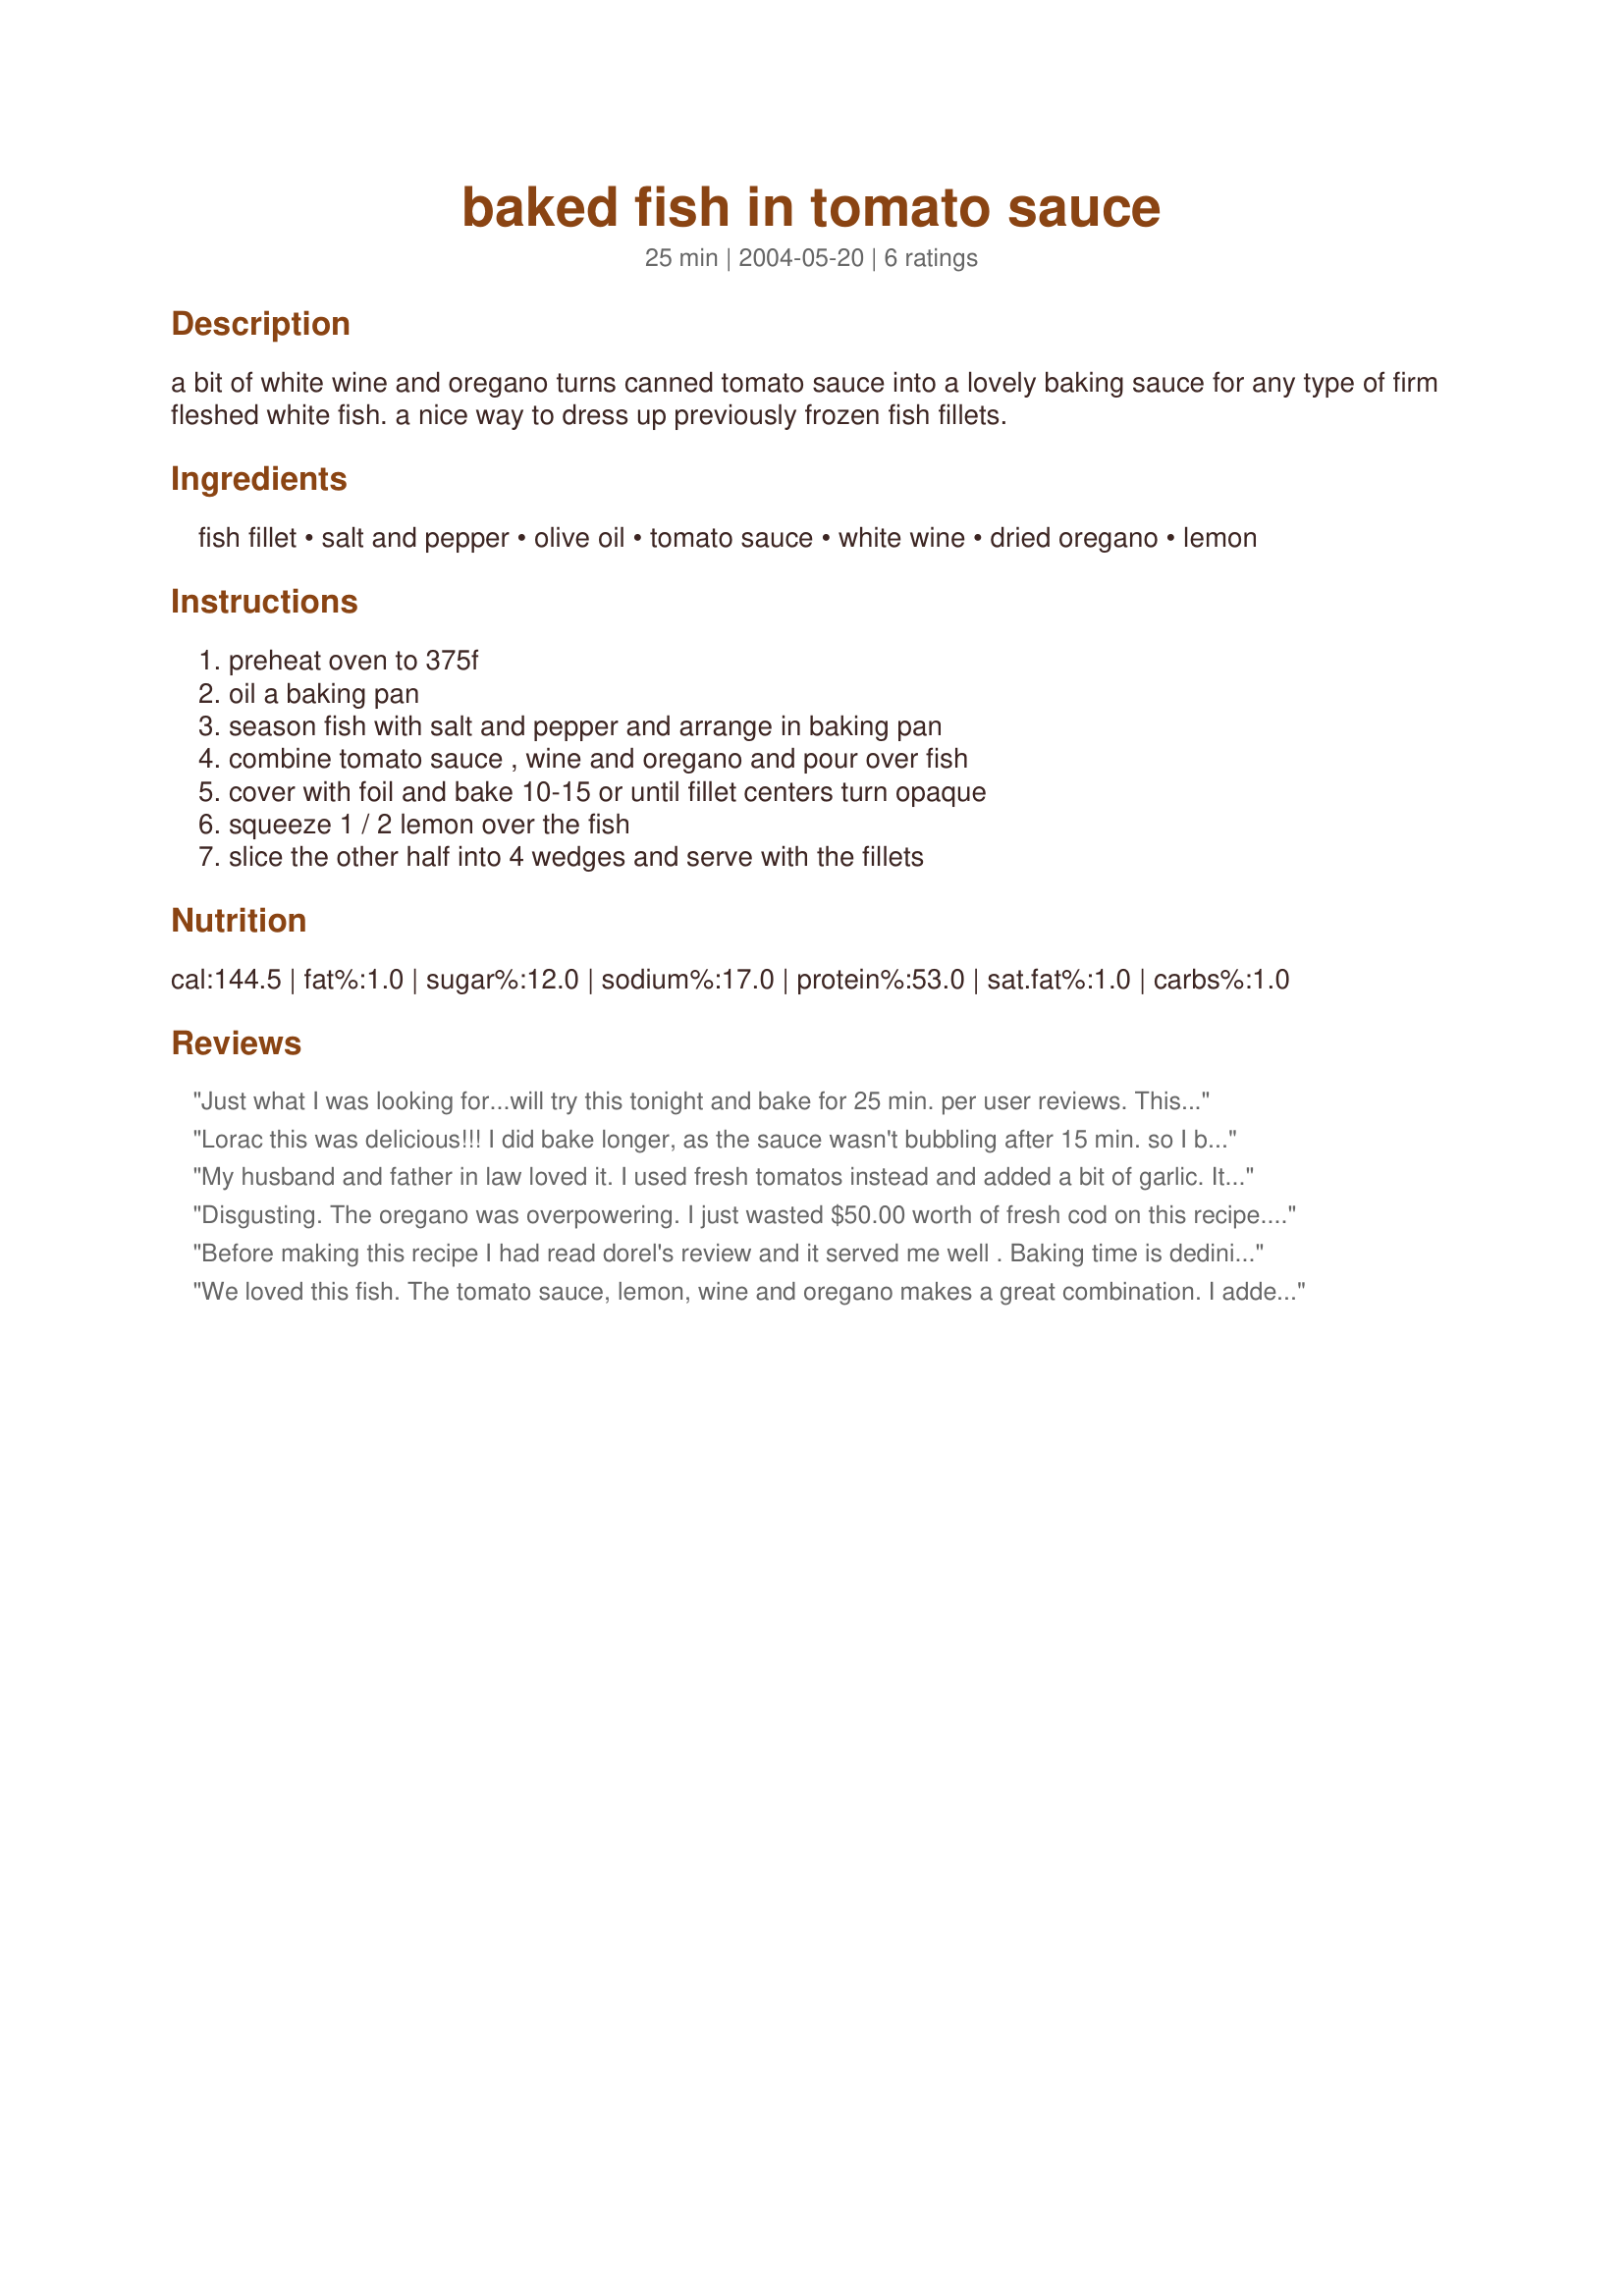
baked fish in tomato sauce
Preparation time: 25 minutes

a bit of white wine and oregano turns canned tomato sauce into a lovely baking sauce for any type of firm fleshed white fish. a nice way to dress up previously frozen fish fillets.

Ingredients:
fish fillet, salt and pepper, olive oil, tomato sauce, white wine, dried oregano, lemon

Steps:
preheat oven to 375f, oil a baking pan, season fish with salt and pepper and arrange in baking pan, combine tomato sauce , wine and oregano and pour over fish, cover with foil and bake 10-15 or until fillet centers turn opaque, squeeze 1 / 2 lemon over the fish, slice the other half into 4 wedges and serve with the fillets

Reviews:
Just what I was looking for...will try this tonight and bake for 25 min. per user reviews. 
This sounds just like the recipe my mother used when I was growing up and brings back fond memories.
Thanks in advance for the great recipe!
Lorac this was delicious!!! I did bake longer, as the sauce wasn't bubbling after 15 min. so I baked for a total of 25 min. I used the white wine and it gave it such a nice flavor with the oregano. This I will definately make again.
My husband and father in law loved it. I used fresh tomatos instead and added a bit of garlic. It was simple and i will be making it again. Thnx
Disgusting. The oregano was overpowering. I just wasted $50.00 worth of fresh cod on this recipe. My entire family hates it. In the garbage it goes.
Before making this recipe I had read dorel's review and it served me well . Baking time is dedinitely 25 mi.I
share her comments, this dish
turned out a real threat.
One recipe to keep.
We loved this fish. The tomato sauce, lemon, wine and oregano makes a great combination. I added a wee bit of sugar to the sauce (just something I do when tomato sauce is involved). I used cod and the white wine. I, too had to bake mine close to 25 minutes. I'll make this again. Thanx for the recipe.
